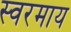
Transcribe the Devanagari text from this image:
स्वरमाय